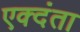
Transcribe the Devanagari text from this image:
एक्दंता